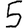
Digit: 5